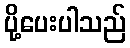
ပို့ပေးပါသည်